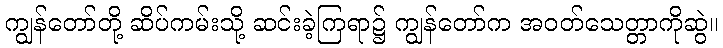
ကျွန်တော်တို့ ဆိပ်ကမ်းသို့ ဆင်းခဲ့ကြရာ၌ ကျွန်တော်က အဝတ်သေတ္တာကိုဆွဲ။